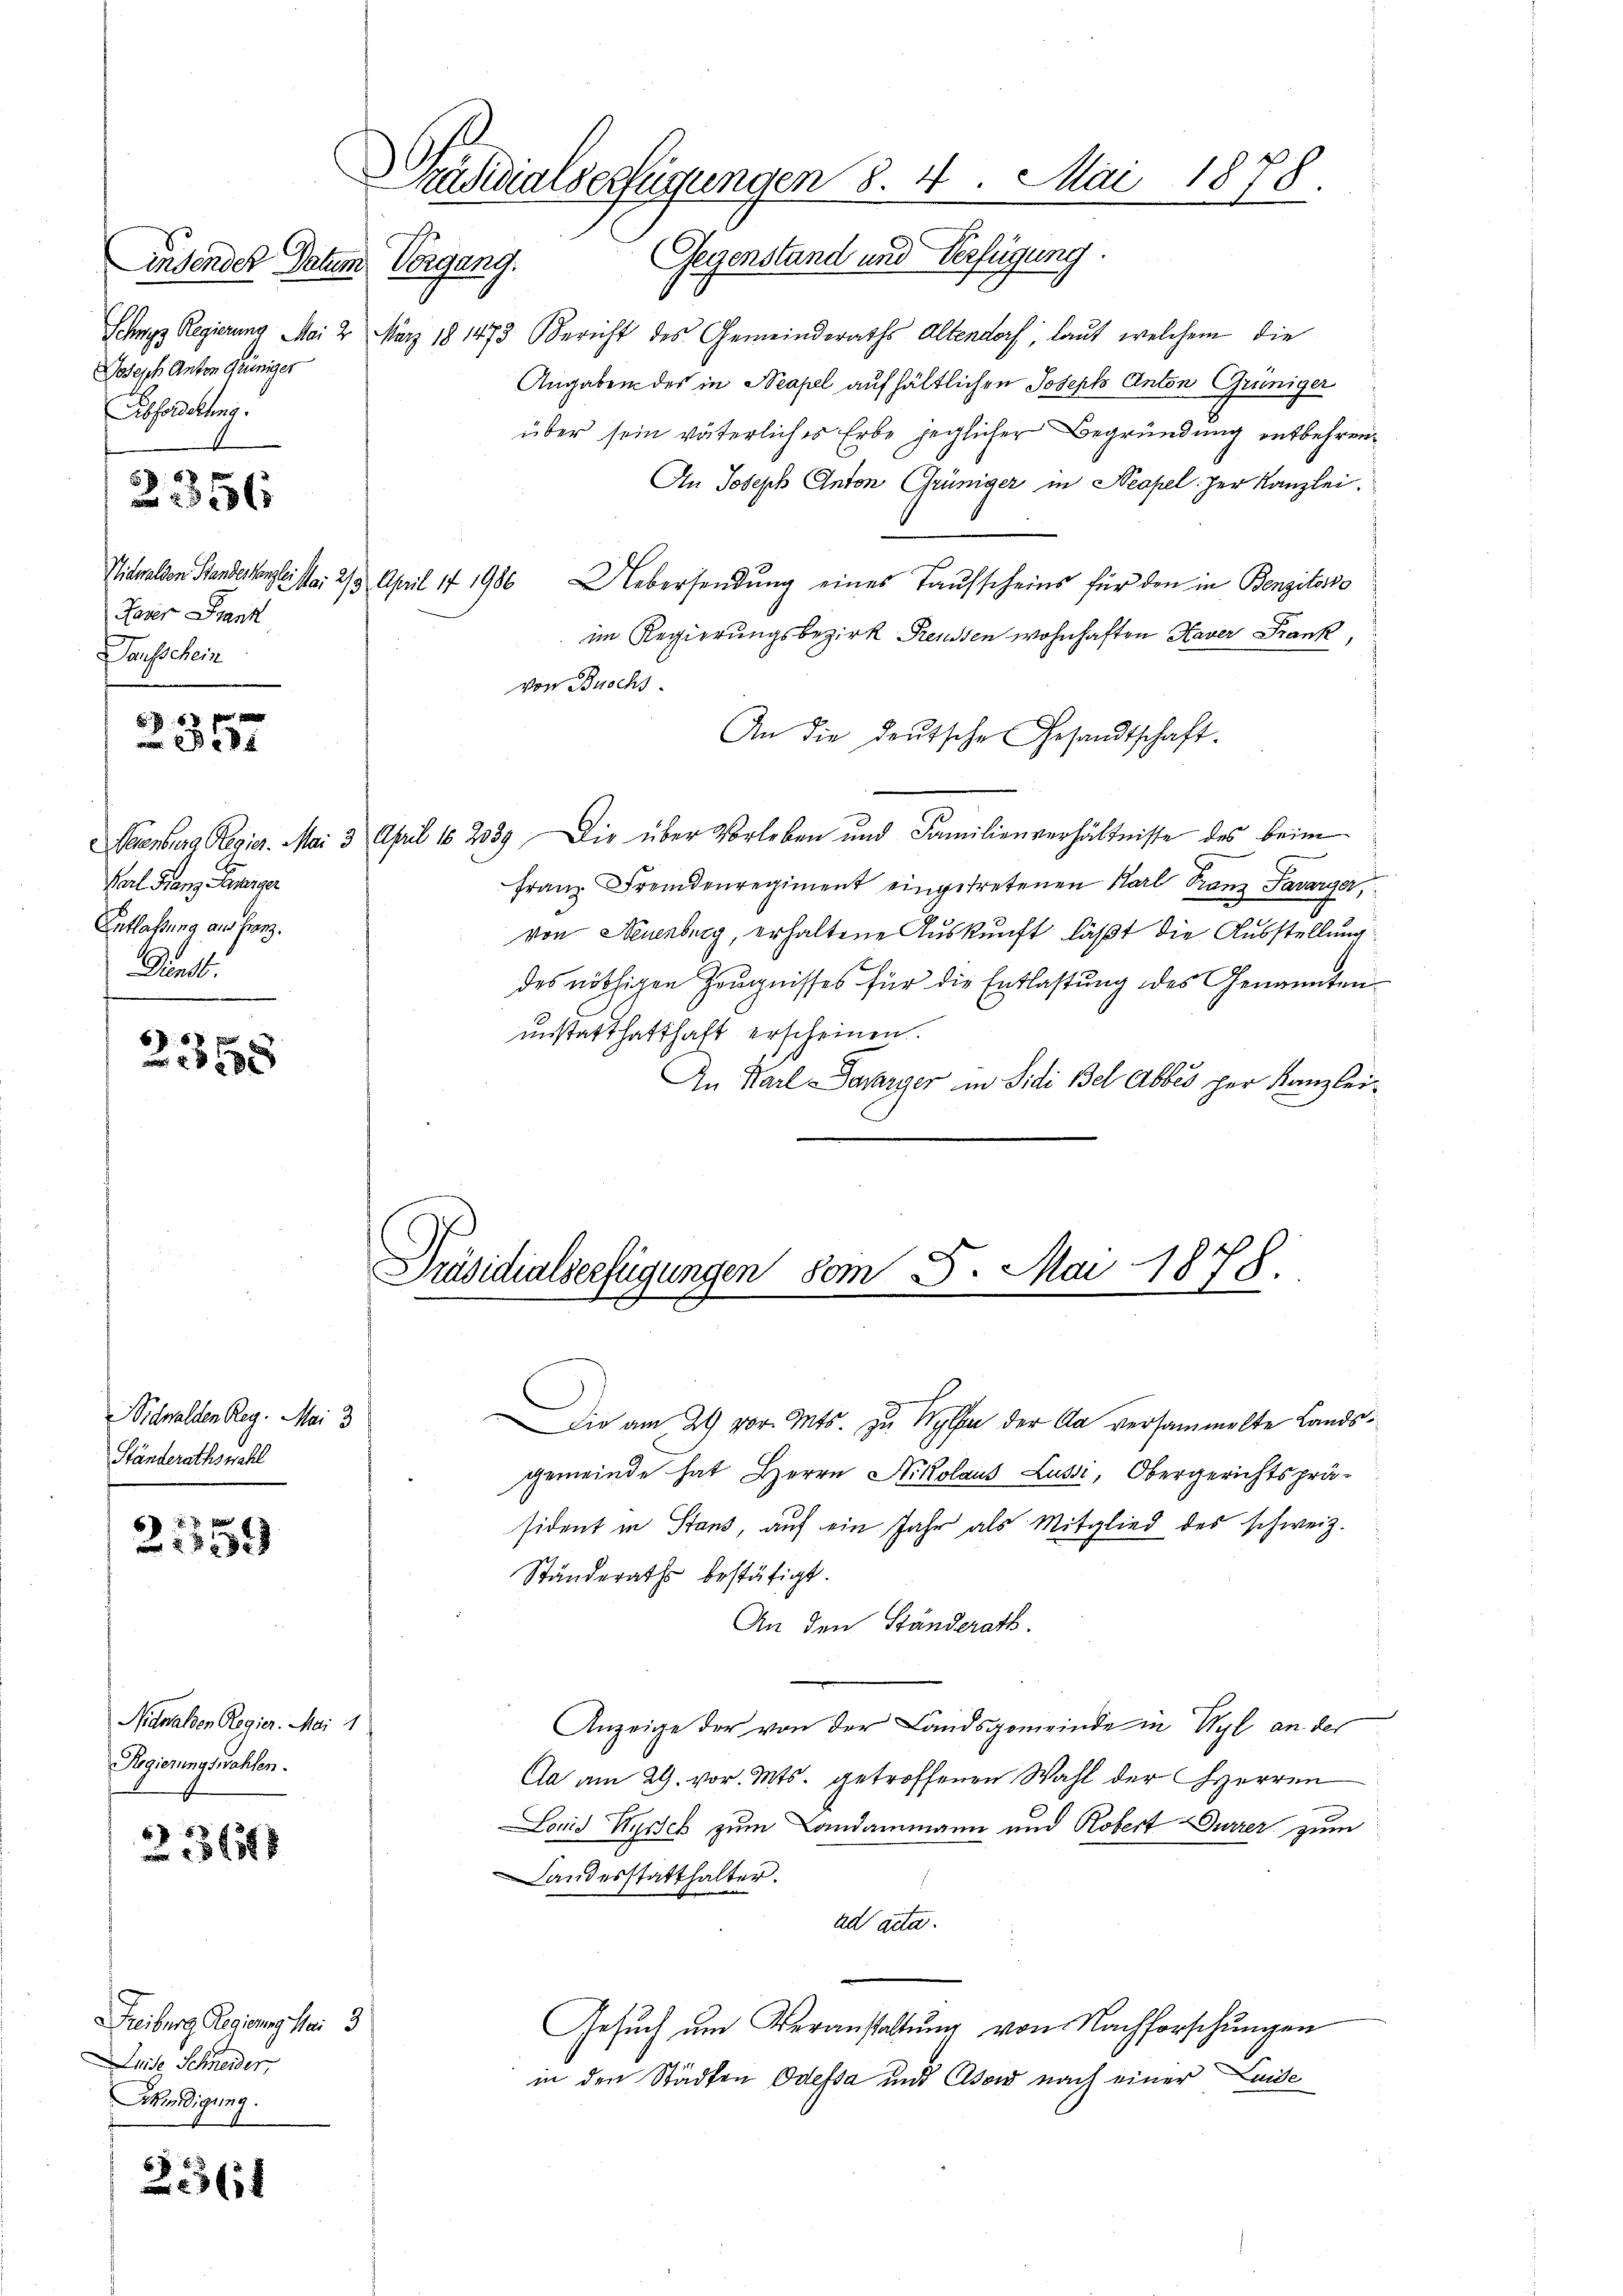
Linsendes Datum
Joseph Anton Grüniger
Abforderung.

Faser Franz
Sausschein

2. 356

f 4 x x

Karl Franz Eurerger
Entlassung an Franz.
Dunst.

2358

Nidwalden Reg. Mai 3
Ständerathswahl

21559

Nidwalden Regier. Mai 1
Regierungswahlen.

1368

Freiburg Regierung sei 3
Leide Schneider
Mkündigung.

57
x

Päsidialverfügungen §. 4. Mai 1878.
Vorgang. Gegenstand und Verfügung.

Schwyz Regierung Mai 2 März 181473. Bericht des Gemeinderaths Altendorf, laut welchem die
Angaben des in Neapel aufhältlichen Joseph Anton Grüniger
über sein väterliches Erbe jeglicher Begründung entbehren
An Joseph Anton Grüniger in Neapel der Kanzlei.
Nidwalden Standeskanzleista 2/3. April 17 1986 Uebersendŭng eines Taŭsscheins für den in Benzitorio
im Regierungsbezirk Reussen wohnhaften Haver Frank,
von Buchs.
An die deutsche Gesandtschaft.
Neuenburg Regier. Mai 3 April 182039 Die über Vorleben und Familienverhältnisse des beim
Franz Fremdenregiment eingetretenen Karl Franz Favarger,
von Neuenburg, erhaltene Auskunft läßt die Ausstellung
des nöthigen Zeugnisses für die Entlastung des Genannten
instatthatthaft erscheinen.
In Karl-Terarger in Sidi Bel Abbes per Kanzlei¬

Präsidialserfügungen vom 5. Mai 1878.

Die am 24. vor. Mts. zu Wyla der Aa versammelte Landsgemeinde hat Herrn Nikolaus Lussi, Obergerichtspräsident in Stand, auf ein Jahr als Mitglied des schweiz.
Ständeraths bestätigt.
An den Ständerath.
Anzeige der von der Landsgemeinde in Wyl an der
Ca am 29. vor. Mts. getroffenen Wahl der Herren
Lovid Hirsch zum Landammann und Robert Gurrer zum
Landesstatthalter.
ad acta.
Gesuch um Veranstaltung von Nachforschungen
in den Städten Odessa und Asow nach einer Leide